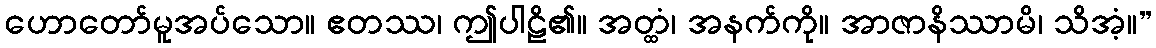
ဟောတော်မူအပ်သော။ ဧတဿ၊ ဤပါဠိ၏။ အတ္ထံ၊ အနက်ကို။ အာဇာနိဿာမိ၊ သိအံ့။”